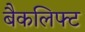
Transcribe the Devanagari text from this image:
बैकलिफ्ट